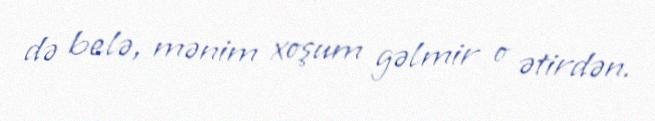
də belə, mənim xoşum gəlmir o ətirdən.